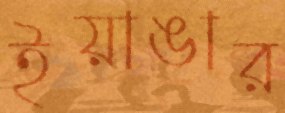
ইয়াঙার